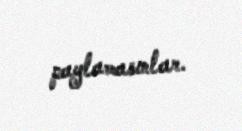
paylamasınlar.